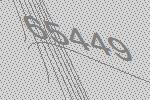
65449